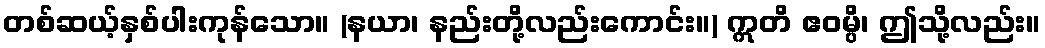
တစ်ဆယ့်နှစ်ပါးကုန်သော။ (နယာ၊ နည်းတို့လည်းကောင်း။) ဣတိ ဧဝမ္ပိ၊ ဤသို့လည်း။